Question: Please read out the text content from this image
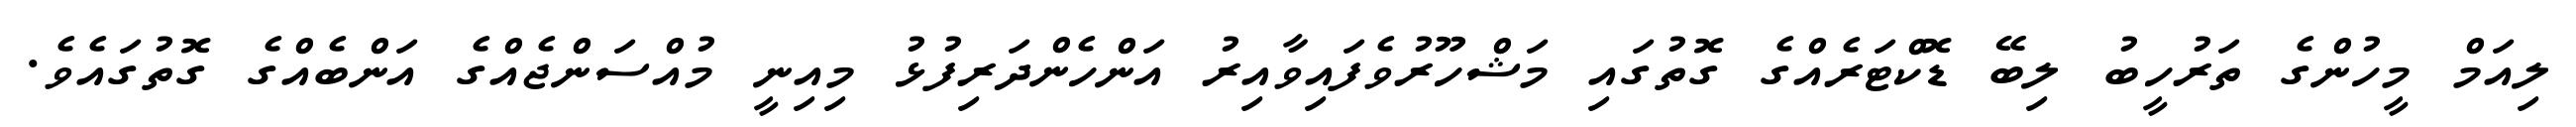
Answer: ލިއަމް މީހުންގެ ތަރުހީބު ލިބޭ ޑޮކްޓަރެއްގެ ގޮތުގައި މަޝްހޫރުވެފައިވާއިރު އަންހެންދަރިފުޅު މިއިނީ މުއްސަންޖެއްގެ އަންބެއްގެ ގޮތުގައެވެ.